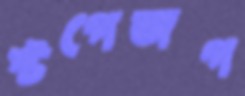
স্টপেজগ